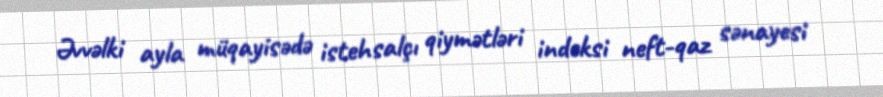
Əvvəlki ayla müqayisədə istehsalçı qiymətləri indeksi neft-qaz sənayesi